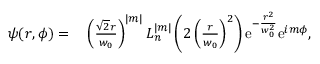
\begin{array} { r l } { \psi ( r , \phi ) = } & { { } \left( \frac { \sqrt { 2 } r } { w _ { 0 } } \right) ^ { | m | } L _ { n } ^ { | m | } \left( 2 \left( \frac { r } { w _ { 0 } } \right) ^ { 2 } \right) \mathrm { e } ^ { - \frac { r ^ { 2 } } { w _ { 0 } ^ { 2 } } } \mathrm { e } ^ { i m \phi } , } \end{array}